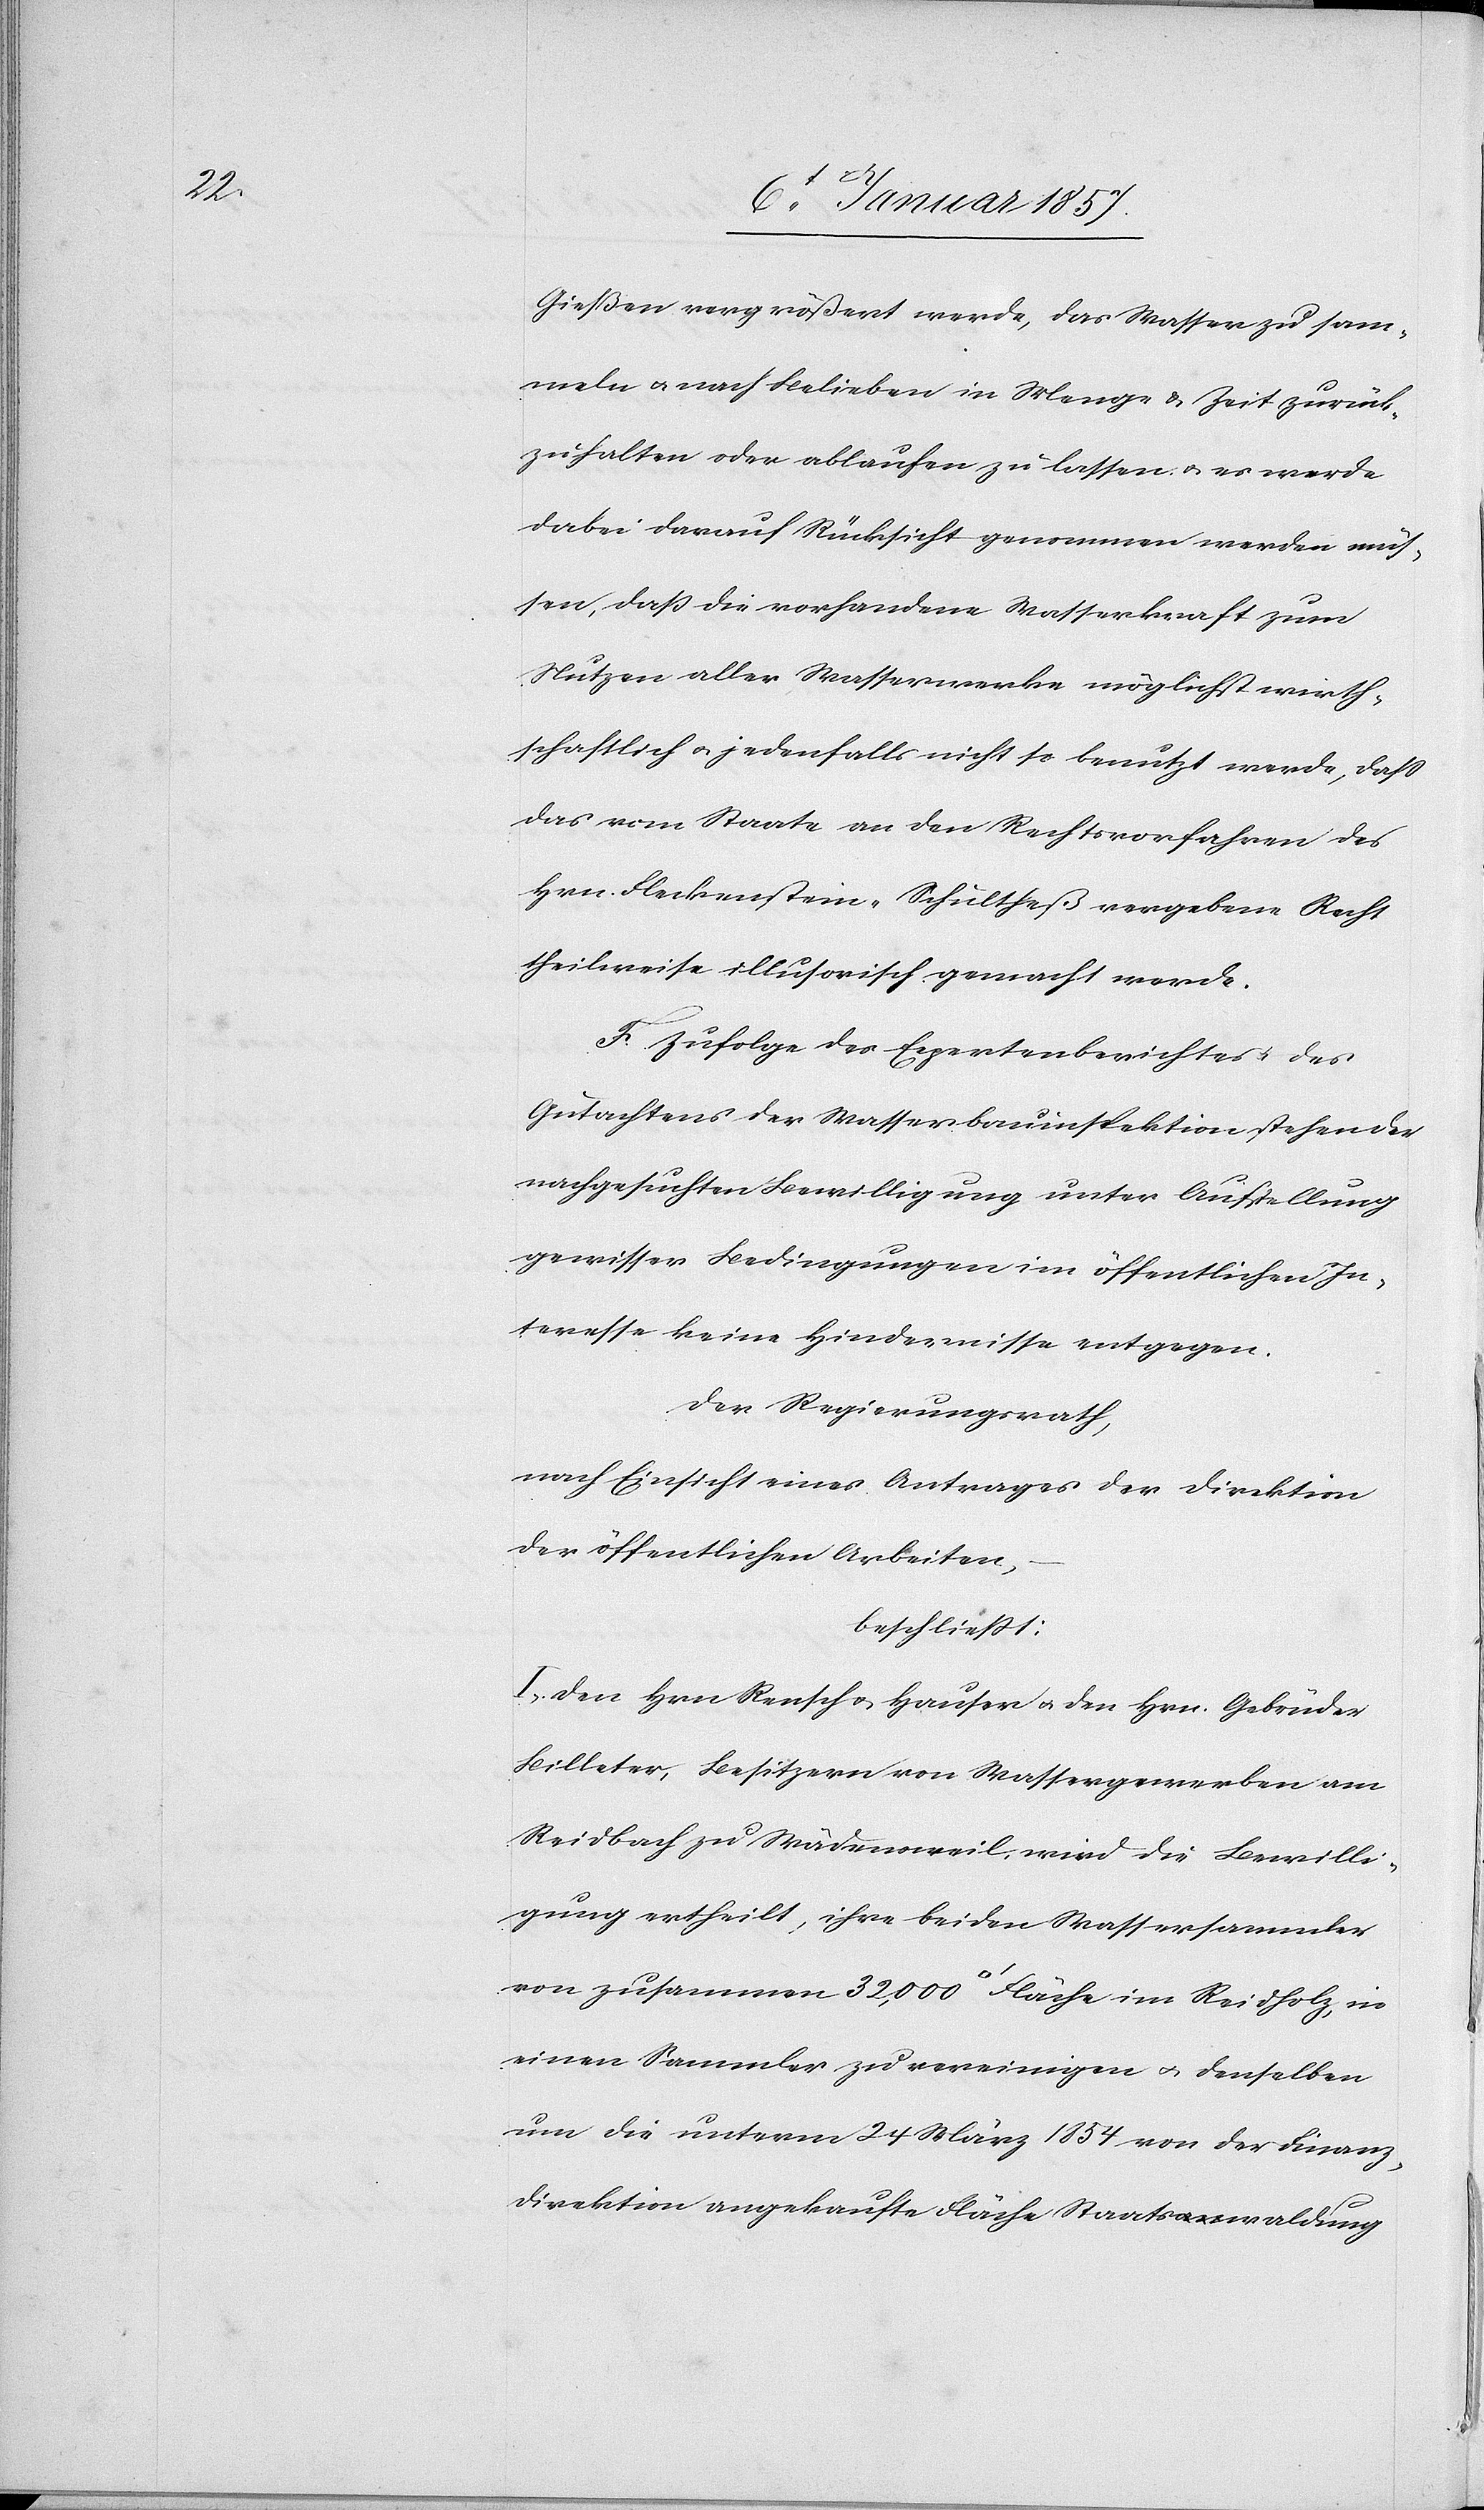
Gießen vergrößert werde, das Wasser zu sam¬
meln u. nach Belieben in Menge u. Zeit zurück¬
zuhalten oder ablaufen zu lassen u. es werde
dabei darauf Rücksicht genommen werden müs¬
sen, daß die vorhandene Wasserkraft zum
Nutzen aller Wasserwerke möglichst wirth¬
schaftlich u. jedenfalls nicht so benutzt werde, daß
das vom Staate an den Rechtsvorfahren des
Hrn. Fleckenstein-Schultheß vergebene Recht
theilweise illusorisch gemacht werde.
F. Zufolge des Expertenberichtes u. des
Gutachtens der Wasserbauinspektion stehen der
nachgesuchten Bewilligung unter Aufstellung
gewisser Bedingungen im öffentlichen In¬
teresse keine Hindernisse entgegen.
Der Regierungsrath,
nach Einsicht eines Antrages der Direktion
der öffentlichen Arbeiten,
beschliesst:
I. Den Hrn Rensch u. Hauser u. den Hrn. Gebrüder
Billeter, Besitzern von Wassergewerben am
Reidbach zu Wädensweil, wird die Bewilli¬
gung ertheilt, ihre beiden Wassersammler
einen Sammler zu vereinigen u. denselben
um die unterm 24 März 1854 von der Finanz¬
direktion angekaufte Fläche Staatswaldung